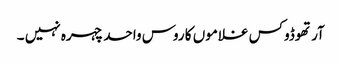
آرتھوڈوکس غلاموں کا روس واحد چہرہ نہیں ۔